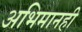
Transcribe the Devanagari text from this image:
अभिमानही